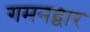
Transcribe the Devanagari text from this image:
गमनद्वार